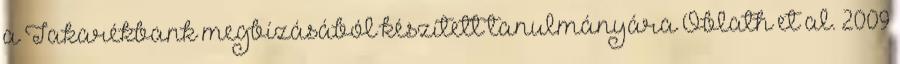
a Takarékbank megbízásából készített tanulmányára Oblath et al. 2009